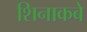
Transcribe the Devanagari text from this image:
शिनाकबे